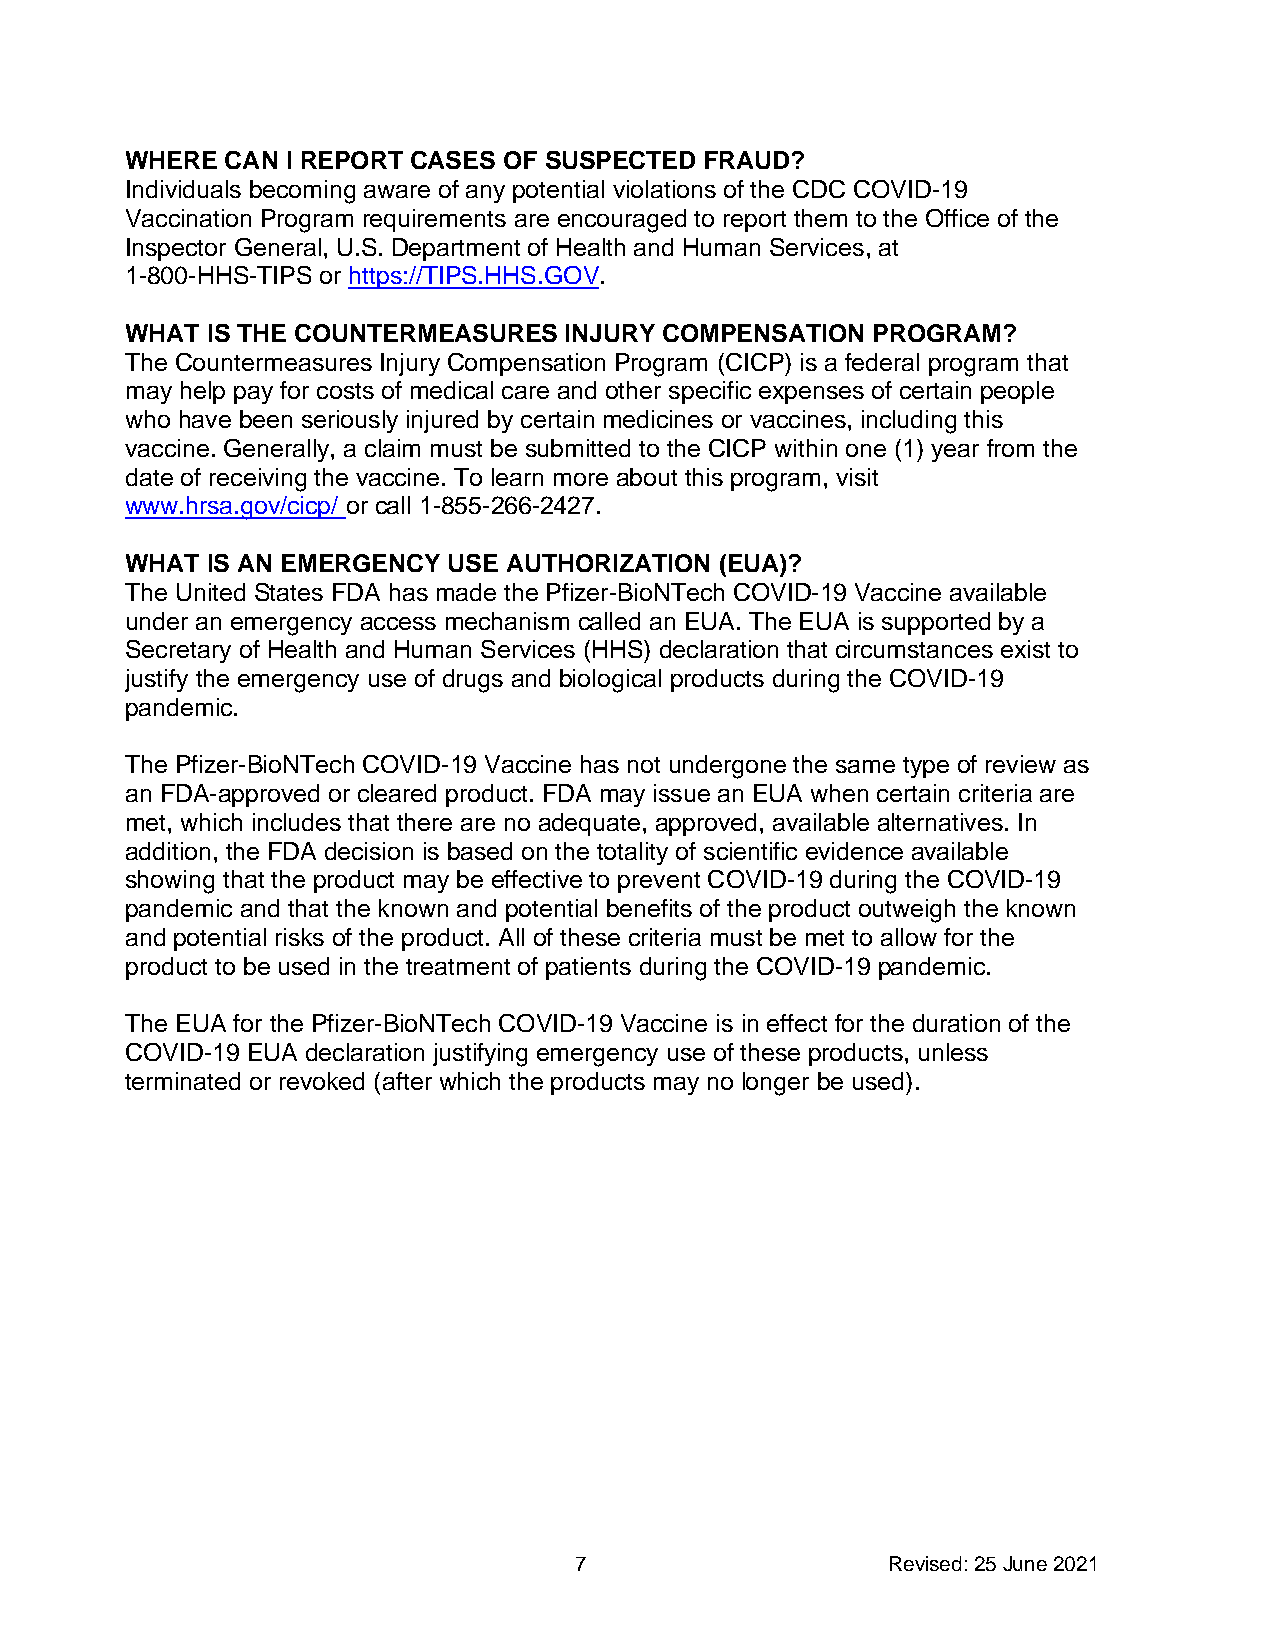
WHERE  CAN I REPORT CASES OF SUSPECTED FRAUD?
 Individuals becoming aware of any potential violations of the CDC COVID-19
 Vaccination Program requirements are encouraged to report them to the Office of the
 Inspector General, U.S. Department of Health and Human Services, at
 1-800-HHS-TIPS or https://TIPS.HHS.GOV.
 WHAT  IS THE COUNTERMEASURES INJURY COMPENSATION  PROGRAM?
 The Countermeasures Injury Compensation Program (CICP) is a federal program that
 may help pay for costs of medical care and other specific expenses of certain people
 who have been seriously injured by certain medicines or vaccines, including this
 vaccine. Generally, a claim must be submitted to the CICP within one (1) year from the
 date of receiving the vaccine. To learn more about this program, visit
 www.hrsa.gov/cicp/ or call 1-855-266-2427.
 WHAT  IS AN EMERGENCY USE AUTHORIZATION (EUA)?
 The United States FDA has made the Pfizer-BioNTech COVID-19 Vaccine available
 under an emergency access mechanism called an EUA. The EUA is supported by a
 Secretary of Health and Human Services (HHS) declaration that circumstances exist to
 justify the emergency use of drugs and biological products during the COVID-19
 pandemic.
 The Pfizer-BioNTech COVID-19 Vaccine has not undergone the same type of review as
 an FDA-approved or cleared product. FDA may issue an EUA when certain criteria are
 met, which includes that there are no adequate, approved, available alternatives. In
 addition, the FDA decision is based on the totality of scientific evidence available
 showing that the product may be effective to prevent COVID-19 during the COVID-19
 pandemic and that the known and potential benefits of the product outweigh the known
 and potential risks of the product. All of these criteria must be met to allow for the
 product to be used in the treatment of patients during the COVID-19 pandemic.
 The EUA for the Pfizer-BioNTech COVID-19 Vaccine is in effect for the duration of the
 COVID-19 EUA declaration justifying emergency use of these products, unless
 terminated or revoked (after which the products may no longer be used).
 7                    Revised: 25 June 2021